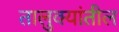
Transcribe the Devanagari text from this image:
तालुक्‍यांतील